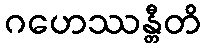
ဂဟေဿန္တီတိ